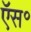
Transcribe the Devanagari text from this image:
ऍस॰